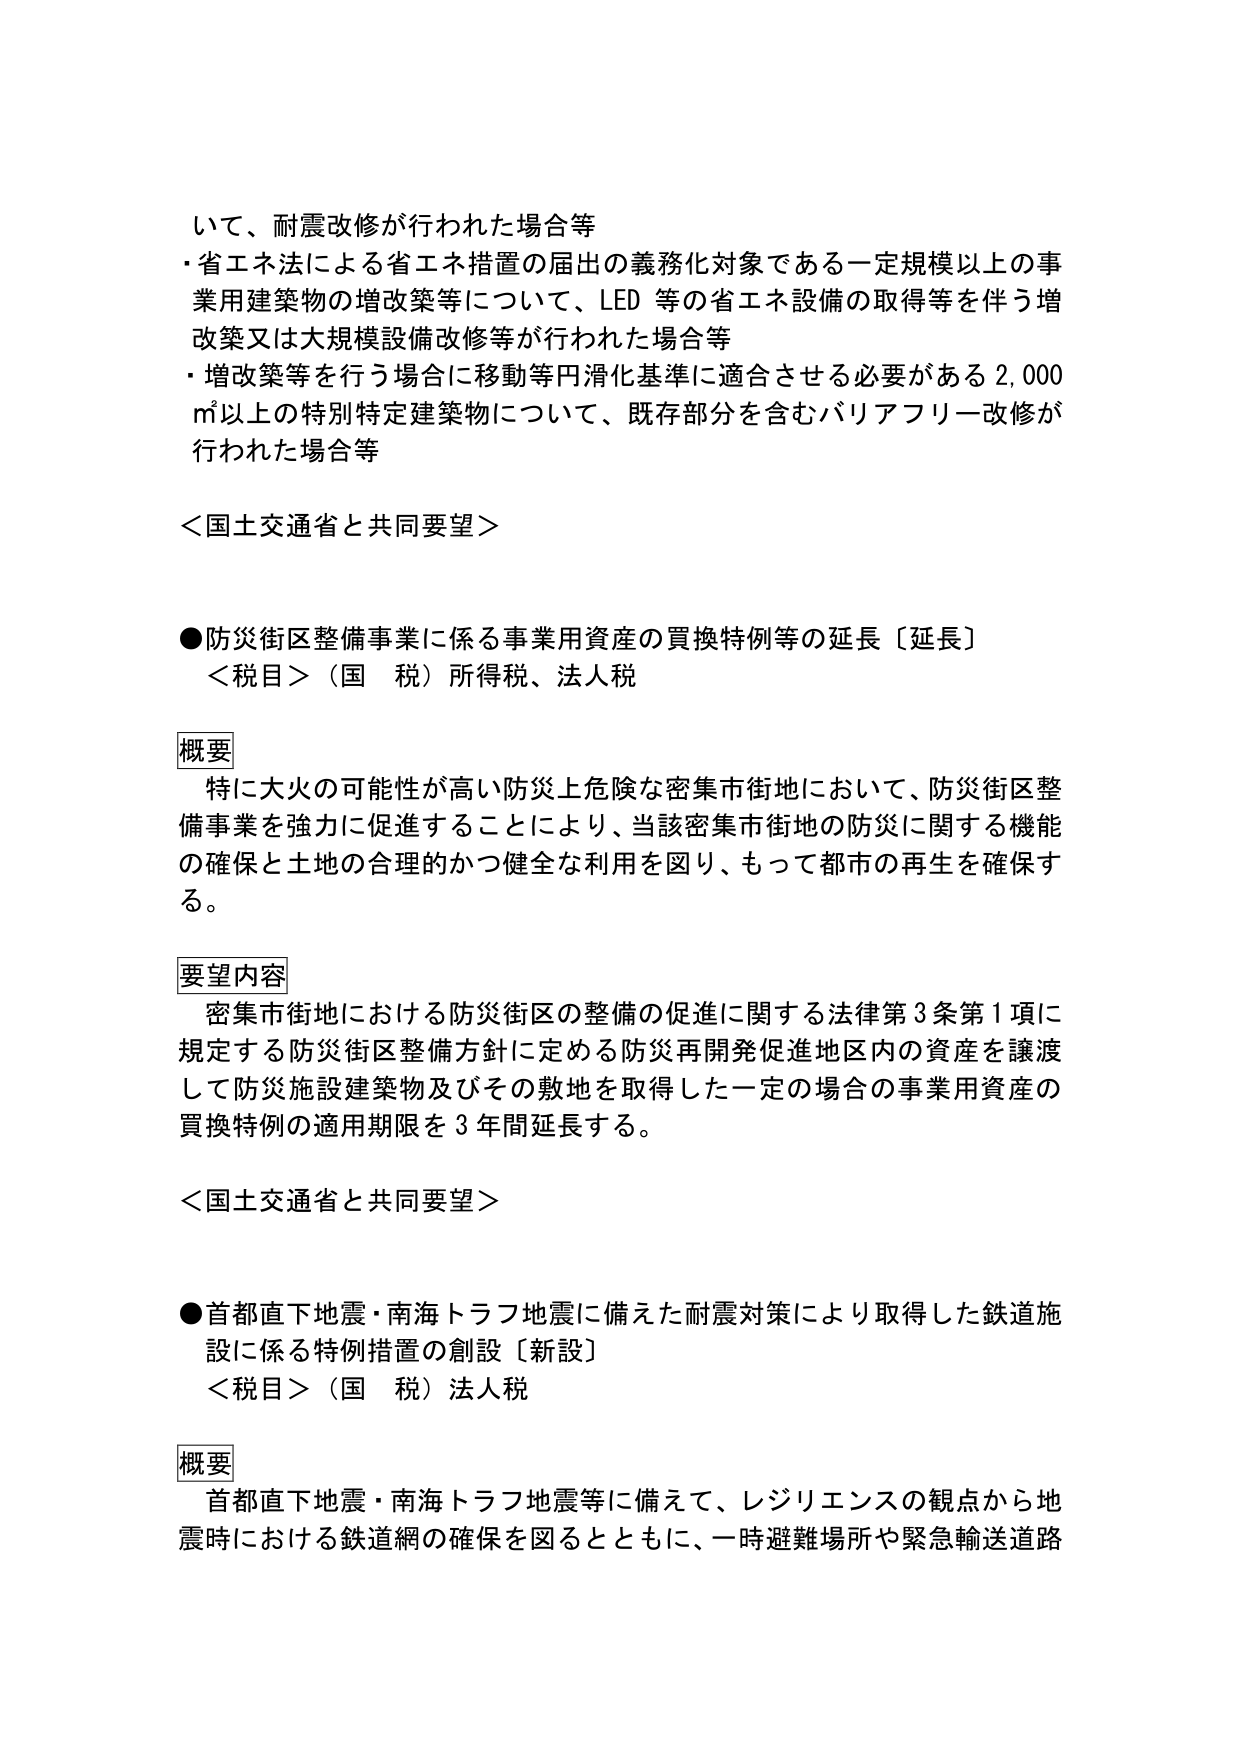
いて、耐震改修が行われた場合等
・省エネ法による省エネ措置の届出の義務化対象である一定規模以上の事業用建築物の増改築等について、LED 等の省エネ設備の取得等を伴う増改築又は大規模設備改修等が行われた場合等
・増改築等を行う場合に移動等円滑化基準に適合させる必要がある 2,000 ㎡以上の特別特定建築物について、既存部分を含むバリアフリー改修が行われた場合等

＜国土交通省と共同要望＞

●防災街区整備事業に係る事業用資産の買換特例等の延長〔延長〕
＜税目＞（国 税）所得税、法人税

概要
特に大火の可能性が高い防災上危険な密集市街地において、防災街区整備事業を強力に促進することにより、当該密集市街地の防災に関する機能の確保と土地の合理的かつ健全な利用を図り、もって都市の再生を確保する。

要望内容
密集市街地における防災街区の整備の促進に関する法律第3条第1項に規定する防災街区整備方針に定める防災再開発促進地区内の資産を譲渡して防災施設建築物及びその敷地を取得した一定の場合の事業用資産の買換特例の適用期限を3年間延長する。

＜国土交通省と共同要望＞

●首都直下地震・南海トラフ地震に備えた耐震対策により取得した鉄道施設に係る特例措置の創設〔新設〕
＜税目＞（国 税）法人税

概要
首都直下地震・南海トラフ地震等に備えて、レジリエンスの観点から地震時における鉄道網の確保を図るとともに、一時避難場所や緊急輸送道路